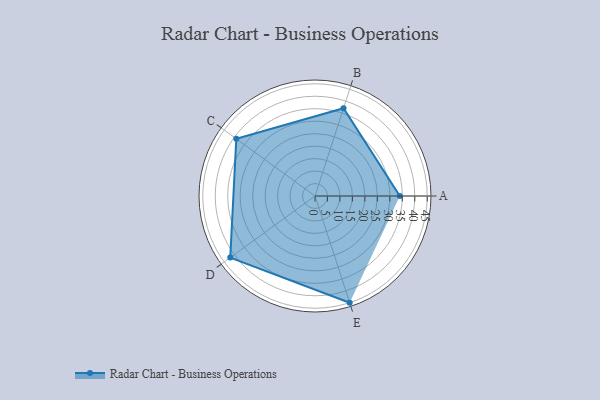
{"axis": {"x": "Skill", "y": "Score"}, "legend": ["Profile"], "data": [{"x": "A", "y": 34.0, "type": "Profile"}, {"x": "B", "y": 37.0, "type": "Profile"}, {"x": "C", "y": 39.0, "type": "Profile"}, {"x": "D", "y": 42.0, "type": "Profile"}, {"x": "E", "y": 45.0, "type": "Profile"}]}